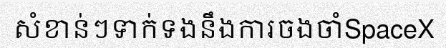
សំខាន់ៗទាក់ទងនឹងការចងចាំSpaceX